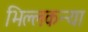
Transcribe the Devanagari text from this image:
भिल्लकन्या